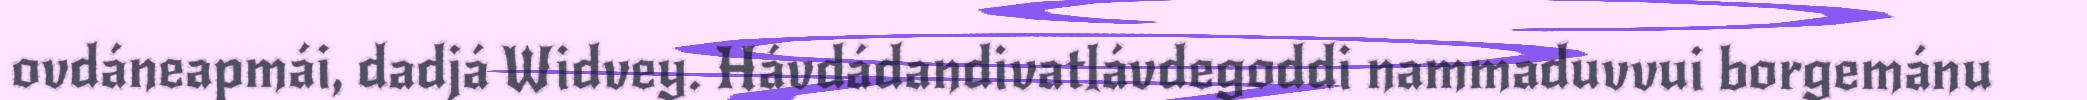
ovdáneapmái, dadjá Widvey. Hávdádandivatlávdegoddi nammaduvvui borgemánu